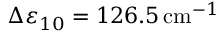
\Delta \varepsilon _ { 1 0 } = 1 2 6 . 5 \, \mathrm { c m } ^ { - 1 }